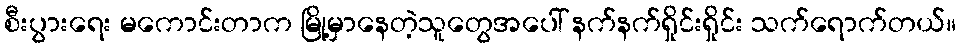
စီးပွားရေး မကောင်းတာက မြို့မှာနေတဲ့သူတွေအပေါ် နက်နက်ရှိုင်းရှိုင်း သက်ရောက်တယ်။